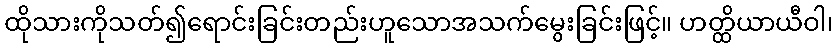
ထိုသားကိုသတ်၍ရောင်းခြင်းတည်းဟူသောအသက်မွေးခြင်းဖြင့်။ ဟတ္ထိယာယီဝါ၊